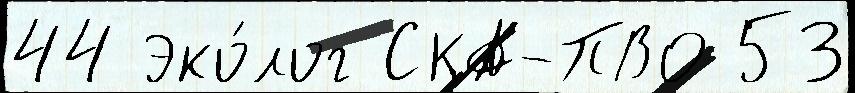
44 Эко́лог СКА-ПВО 53